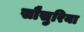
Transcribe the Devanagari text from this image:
सौसुरिया